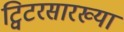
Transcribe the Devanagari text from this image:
ट्विटरसारख्या